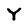
Character: Y